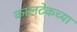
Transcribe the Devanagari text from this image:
कालटेकच्या